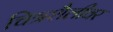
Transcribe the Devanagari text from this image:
चित्रशैलीवर